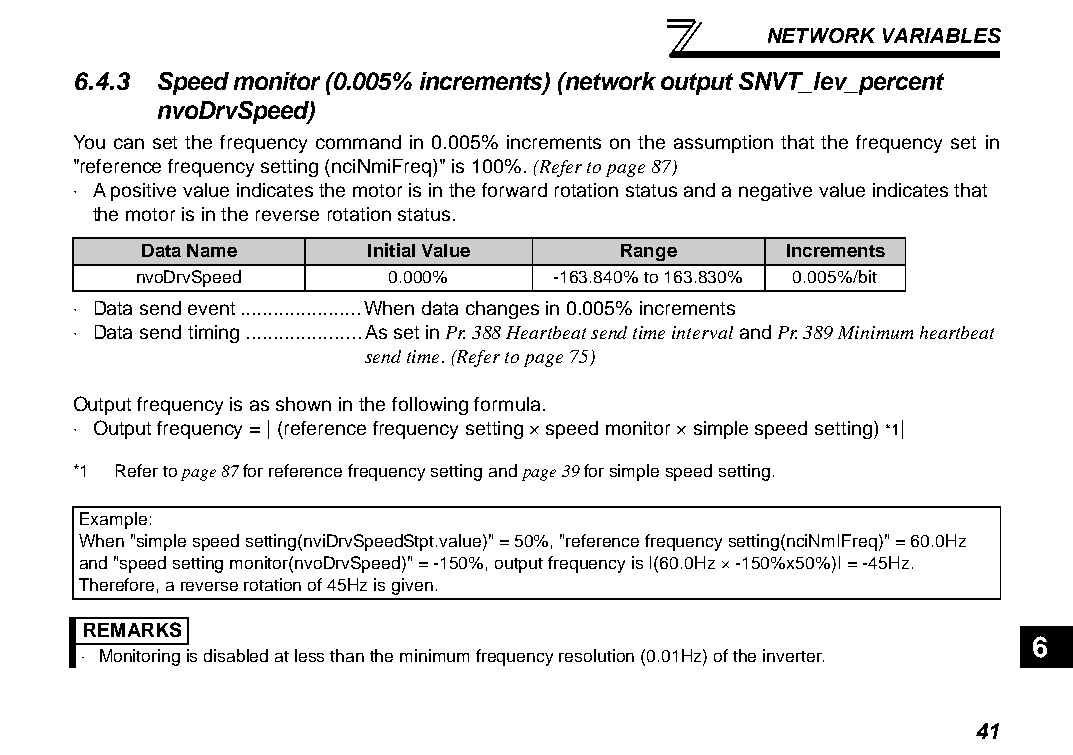
NETWORK VARIABLES
 6.4.3 Speed monitor (0.005% increments) (network output SNVT_lev_percent
 nvoDrvSpeed)
 You can set the frequency command in 0.005% increments on the assumption that the frequency set in
 "reference frequency setting (nciNmiFreq)" is 100%. (Refer to page 87)
 ⋅ A positive value indicates the motor is in the forward rotation status and a negative value indicates that
 the motor is in the reverse rotation status.
 Data Name      Initial Value    Range      Increments
 nvoDrvSpeed     0.000%     -163.840% to 163.830% 0.005%/bit
 ⋅ Data send event......................When data changes in 0.005% increments
 ⋅ Data send timing.....................As set in Pr. 388 Heartbeat send time interval and Pr. 389 Minimum heartbeat
 send time. (Refer to page 75)
 Output frequency is as shown in the following formula.
 ⋅ Output frequency = | (reference frequency setting × speed monitor × simple speed setting) *1|
 *1 Refer to page 87 for reference frequency setting and page 39 for simple speed setting.
 Example:
 When "simple speed setting(nviDrvSpeedStpt.value)" = 50%, "reference frequency setting(nciNmIFreq)" = 60.0Hz
 and "speed setting monitor(nvoDrvSpeed)" = -150%, output frequency is I(60.0Hz × -150%x50%)I = -45Hz.
 Therefore, a reverse rotation of 45Hz is given.
 REMARKS
 6
 ⋅ Monitoring is disabled at less than the minimum frequency resolution (0.01Hz) of the inverter.
 41